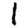
Digit: 1